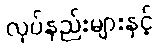
လုပ်နည်းများနှင့်